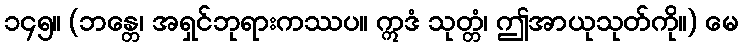
၁၄၅။ (ဘန္တေ၊ အရှင်ဘုရားကဿပ။ ဣဒံ သုတ္တံ၊ ဤအာယုသုတ်ကို။) မေ